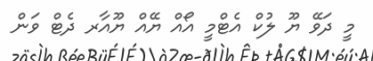
މީ ދަވޭ ޔޫ ލުކް އެޓްމީ އޯއް ޔޭއް ޔޫއާރ ދެޓް ވަން